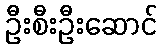
ဦးစီးဦးဆောင်